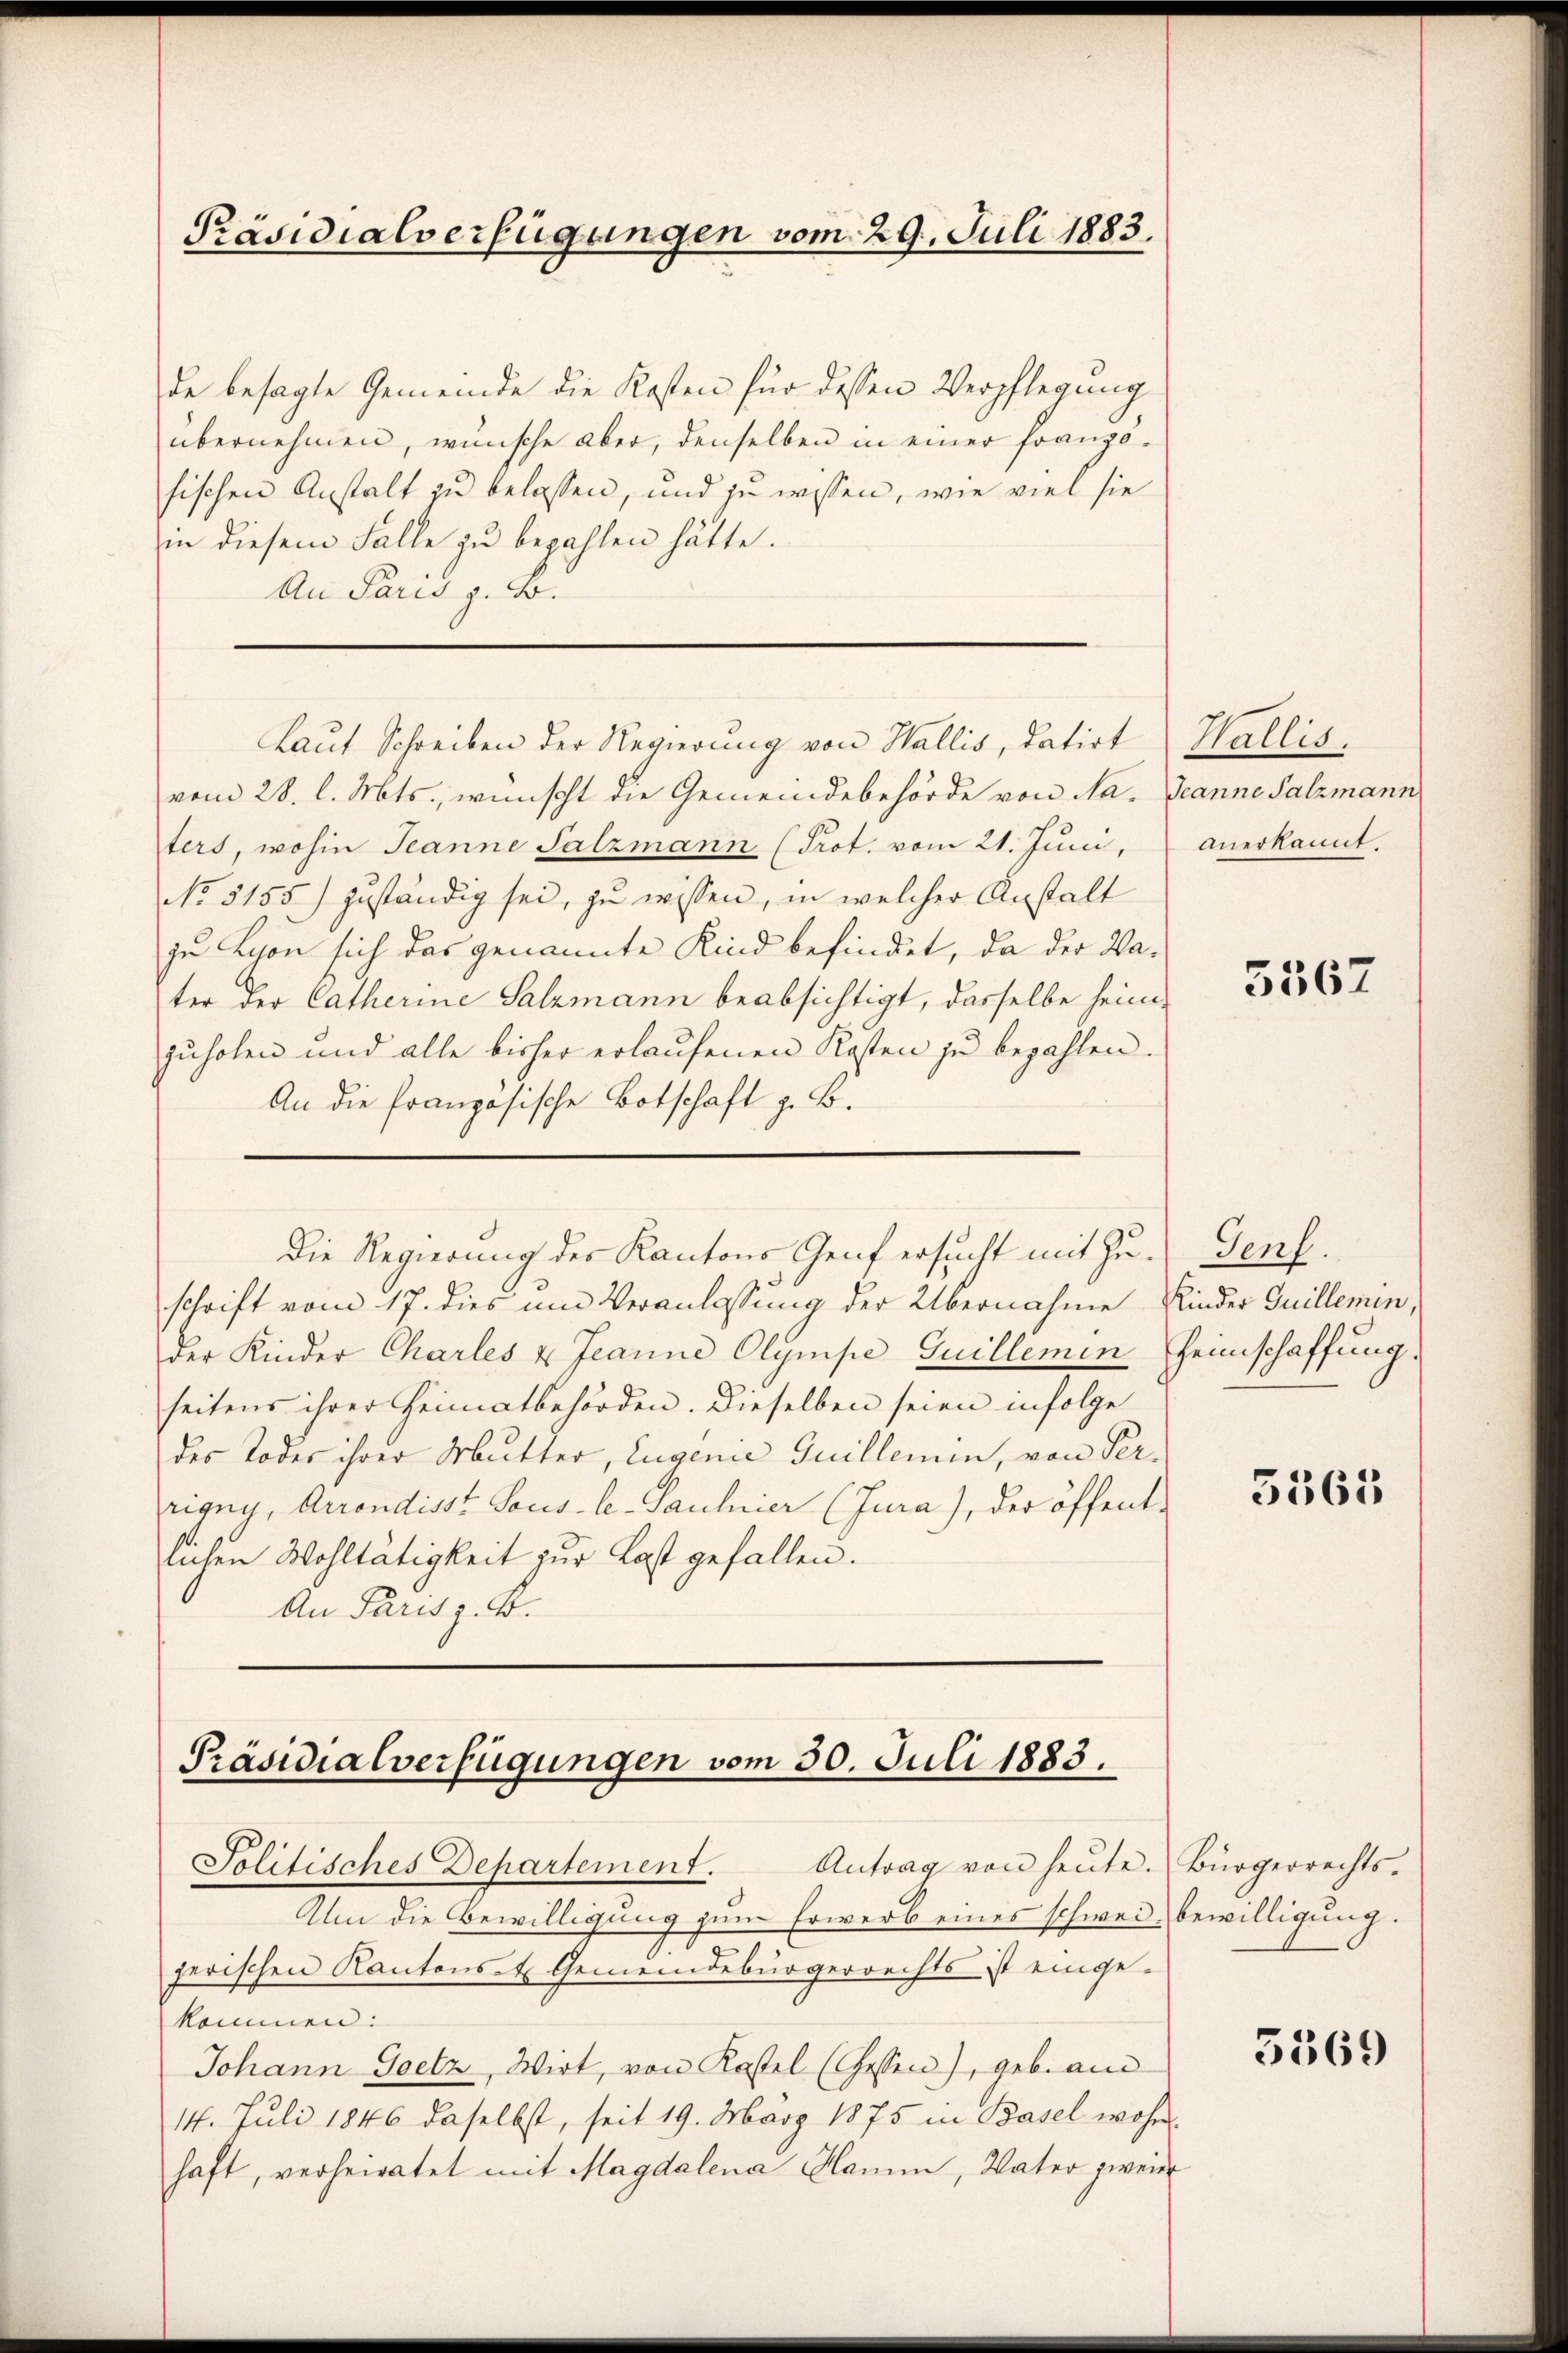
Präsidialverfügungen vom 29. Juli 1883.

de besagte Gemeinde die Kosten für dessen Verpflegung
übernehmen, wünsche aber, denselben in einer französischen Anstalt zu belassen, und zu wissen, wie viel sie
in diesem Falle zu bezahlen hätte.
An Paris z. B.
vom 28. l. Mts., wünscht die Gemeindebehörde von Na- Jeanne Salzmann
ters, wohin Jeanne Salzmann (Prot. vom 21. Juni,
No 5155) zuständig sei, zu wissen, in welcher Anstalt
zu Lyon sich das genannte Kind befindet, da der Vater der Catherine Salzmann beabsichtigt, dasselbe heimzuholen und alle bisher erlaufenen Kosten zu bezahlen.
An die französische Botschaft z. B.
Die Regierung des Kantons Genf ersucht mit Zuschrift vom 17. dies um Veranlassung der Übernahme Kinder Guillemen,
der Kinder Charles & Jeanne Olympe Guillemin Heimschaffung
seitens ihrer Heimatbehörden. Dieselben seien infolge
des Todes ihrer Mutter, Eugenie Guillemen, von Perrigny, Arrondisst Socis-le-Saulnier (Jura), der öffentlichen Wohltätigkeit zur Last gefallen.
An Parisz. 4.

Laut Schreiben der Regierung von Wallis, datirt

Präsidialverfügungen vom 30. Juli 1883.

Jolitisches Departement. Antrag von heŭte. Bürgerrechts-
Alm die Bewilligung zum Erwerb eines schweiz bewilligung.
jerischen Kantons-Er Gemeindebürgerrechts ist einge-
kommen:
Johann Goetz, Wirt, von Kastel (Gessen), geb. au
14. Juli 1846 daselbst, seit 19. März 1875 in Basel wohn
haft, verheiratet mit Magdalena Hamm, Vater zweier

Wallis,
anerkannt.

5567

Genf.

5363

5369